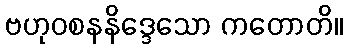
ဗဟုဝစနနိဒ္ဒေသော ကတောတိ။